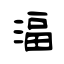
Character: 湢